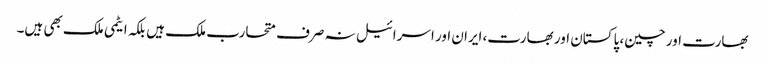
بھارت اور چین، پاکستان اور بھارت، ایران اور اسرائیل نہ صرف متحارب ملک ہیں بلکہ ایٹمی ملک بھی ہیں۔